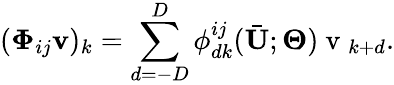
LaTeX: (\boldsymbol{\Phi}_{ij}\mathbf{v})_{k}=\sum_{d=-D}^{D}\phi_{dk}^{ij}(\bar{\mathbf{U}};\boldsymbol{\Theta})\mathrm{~v~}_{k+d}.